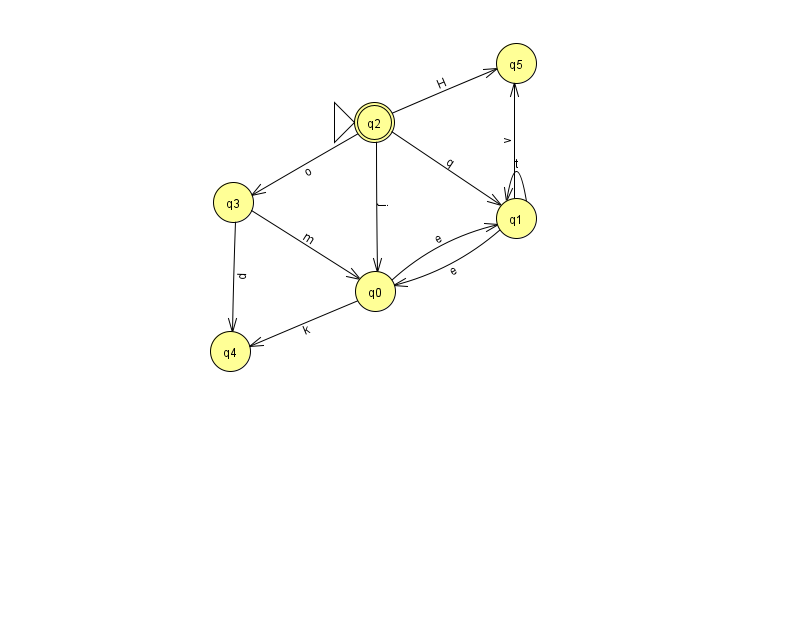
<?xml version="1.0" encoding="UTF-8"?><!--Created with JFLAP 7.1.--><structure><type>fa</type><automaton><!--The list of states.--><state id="0" name="q0"><x>375.0</x><y>278.0</y></state><state id="1" name="q1"><x>516.0</x><y>205.0</y></state><state id="2" name="q2"><x>374.0</x><y>109.0</y><initial/><final/></state><state id="3" name="q3"><x>233.0</x><y>189.0</y></state><state id="4" name="q4"><x>230.0</x><y>338.0</y></state><state id="5" name="q5"><x>516.0</x><y>50.0</y></state><!--The list of transitions.--><transition><from>0</from><to>1</to><read>e</read></transition><transition><from>1</from><to>0</to><read>e</read></transition><transition><from>2</from><to>5</to><read>H</read></transition><transition><from>1</from><to>1</to><read>t</read></transition><transition><from>1</from><to>5</to><read>v</read></transition><transition><from>2</from><to>0</to><read>j</read></transition><transition><from>2</from><to>3</to><read>o</read></transition><transition><from>0</from><to>4</to><read>k</read></transition><transition><from>3</from><to>0</to><read>m</read></transition><transition><from>2</from><to>1</to><read>q</read></transition><transition><from>3</from><to>4</to><read>d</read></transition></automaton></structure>